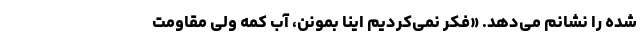
شده را نشانم می‌دهد. «فکر نمی‌کردیم اینا بمونن، آب کمه ولی مقاومت